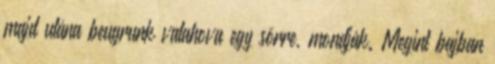
majd utána beugrunk valahova egy sörre, mondják. Megint bajban